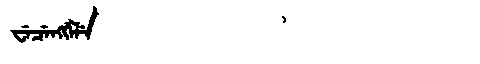
Manchu: ᠸᡝᠴᡝᠩᡤᡝᠯᡝ
Romanization: WECENGGELE